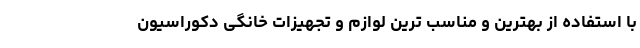
با استفاده از بهترین و مناسب ترین لوازم و تجهیزات خانگی دکوراسیون